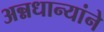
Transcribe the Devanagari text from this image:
अन्नधान्यांने